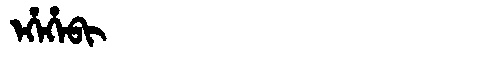
Manchu: ᡝᡥᡝᡥᡝᠪᡳ
Romanization: EHEHEBI